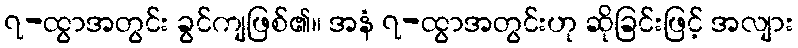
၇-ထွာအတွင်း ခွင်ကျဖြစ်၏။ အနံ ၇-ထွာအတွင်းဟု ဆိုခြင်းဖြင့် အလျား